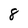
Character: 8